Distribution and causation of leprosy in British India
Year: 1875
Disease focus: Leprosy
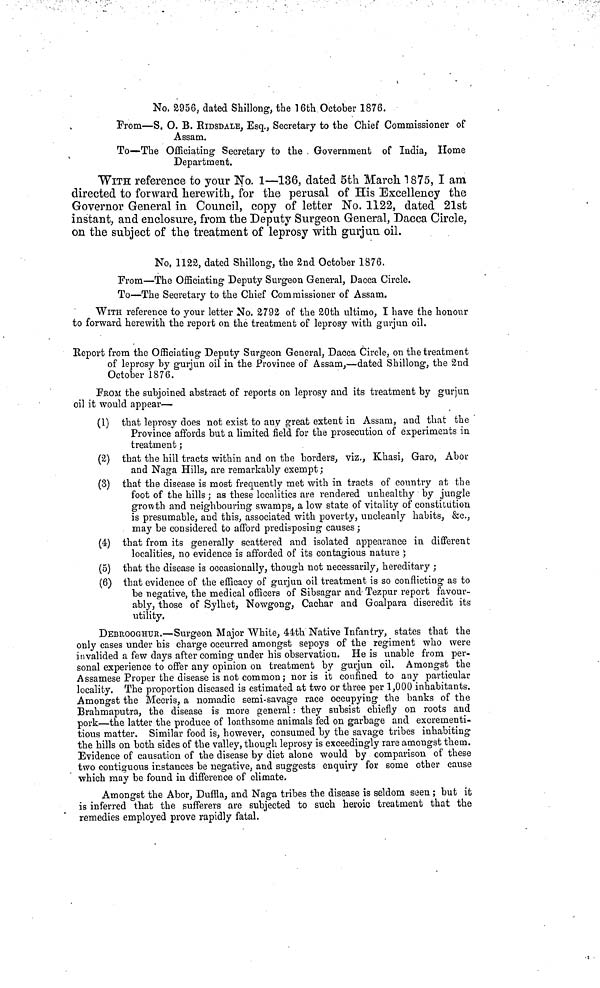
No, 2956, dated Shillong, the 16th October 1876.
From—S. O. B. RIDSDALE, Esq., Secretary to the Chief Commissioner of
Assam.
To—The Officiating Secretary to the Government of India, Home
Department.
WITH reference to your No. 1—136, dated 5th March 1875, I am
directed to forward herewith, for the perusal of His Excellency the
Governor General in Council, copy of letter No. 1122, dated 21st
instant, and enclosure, from the Deputy Surgeon General, Dacca Circle,
on the subject of the treatment of leprosy with gurjun oil.
No, 1122, dated Shillong, the 2nd October 1876.
From—The Officiating Deputy Surgeon General, Dacca Circle.
To—The Secretary to the Chief Commissioner of Assam.
WITH reference to your letter No. 2792 of the 20th ultimo, I have the honour
to forward herewith the report on the treatment of leprosy with gurjun oil.
Report from the Officiating Deputy Surgeon General, Dacca Circle, on the treatment
of leprosy by gurjun oil in the Province of Assam,—dated Shillong, the 2nd
October 1876.
FROM the subjoined abstract of reports on leprosy and its treatment by gurjun
oil it would appear—
(1) that leprosy does not exist to any great extent in Assam, and that the
Province affords but a limited field for the prosecution of experiments in
treatment ;
(2) that the hill tracts within and on the borders, viz,, Khasi, Garo, Abor
and Naga Hills, are remarkably exempt;
(3) that the disease is most frequently met with in tracts of country at the
foot of the hills ; as these localities are rendered unhealthy by jungle
growth and neighbouring swamps, a low state of vitality of constitution
is presumable, and this, associated with poverty, uncleanly habits, &c.,
may be considered to afford predisposing causes ;
(4) that from its generally scattered and isolated appearance in different
localities, no evidence is afforded of its contagious nature ;
(5) that the disease is occasionally, though not necessarily, hereditary ;
(6) that evidence of the efficacy of gurjun oil treatment is so conflicting as to
be negative, the medical officers of Sibsagar and Tezpur report favour-
ably, those of Sylhet, Nowgong, Cachar and Goalpara discredit its
utility.
DEBROOGHUR.—Surgeon Major White, 44th Native Infantry, states that the
only cases under his charge occurred amongst sepoys of the regiment who were
invalided a few days after coming under his observation. He is unable from per-
sonal experience to offer any opinion on treatment by gurjun oil. Amongst the
Assamese Proper the disease is not common ; nor is it confined to any particular
locality. The proportion diseased is estimated at two or three per 1,000 inhabitants.
Amongst the Mecris, a nomadic semi-savage race occupying the banks of the
Brahmaputra, the disease is more general : they subsist chiefly on roots and
pork—the latter the produce of loathsome animals fed on garbage and excrementi-
tious matter. Similar food is, however, consumed by the savage tribes inhabiting
the hills on both sides of the valley, though leprosy is exceedingly rare amongst them.
Evidence of causation of the disease by diet alone would by comparison of these
two contiguous instances be negative, and suggests enquiry for some other cause
which may be found in difference of climate.
Amongst the Abor, Duffla, and Naga tribes the disease is seldom seen ; but it
is inferred that the sufferers are subjected to such heroic treatment that the
remedies employed prove rapidly fatal.